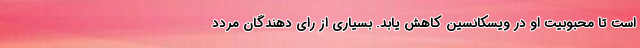
است تا محبوبیت او در ویسکانسین کاهش یابد. بسیاری از رای دهندگان مردد